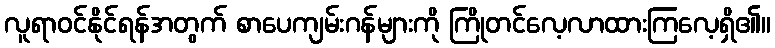
လူရာဝင်နိုင်ရန်အတွက် စာပေကျမ်းဂန်များကို ကြိုတင်လေ့လာထားကြလေ့ရှိ၏။